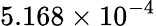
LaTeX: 5.168\times 10^{-4}